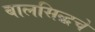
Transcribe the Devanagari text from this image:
बालसिद्धचे